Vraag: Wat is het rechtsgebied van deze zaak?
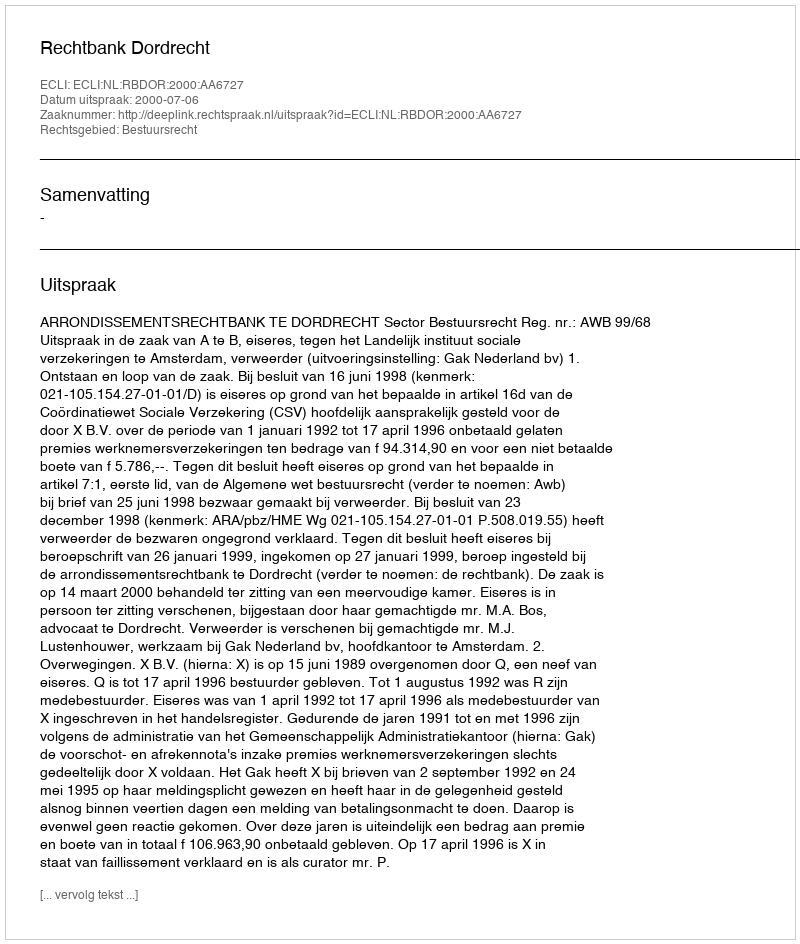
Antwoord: Bestuursrecht